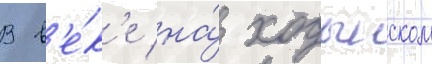
В в'е́к'е на́ ходынском